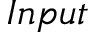
I n p u t